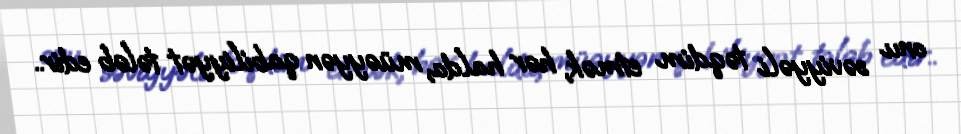
onu səviyyəli təqdim etmək, hər halda, müəyyən qabiliyyət tələb edir..